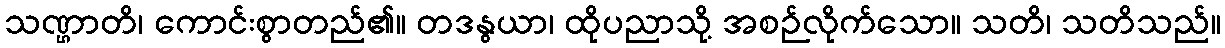
သဏ္ဌာတိ၊ ကောင်းစွာတည်၏။ တဒနွယာ၊ ထိုပညာသို့ အစဉ်လိုက်သော။ သတိ၊ သတိသည်။